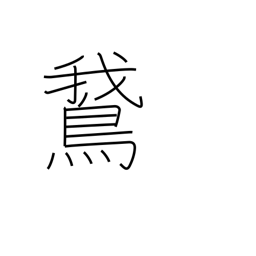
Meaning: goose